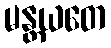
မန္တယတေ